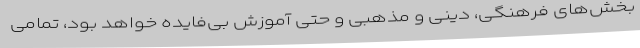
بخش‌های فرهنگی، دینی و مذهبی و حتی آموزش بی‌فایده خواهد بود، تمامی